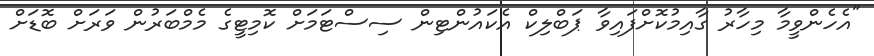
"އެހެންވީމާ މިހާރު ގާއިމުކޮށްފައިވާ ޕަބްލިކް އެކައުންޓިން ސިސްޓަމަށް ކޮމިޓީގެ މެމްބަރުން ވަރަށް ބޮޑަށް